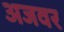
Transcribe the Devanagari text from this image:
अजवर